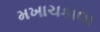
મખાચકાલા